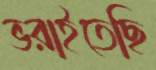
ভরাইতেছি